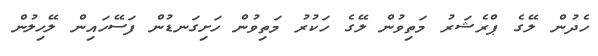
ހެދުން ލޭގެ ޕްރެޝަރު މަތިވުން ލޭގެ ހަކުރު މަތިވުން ހަށިގަނޑުން ފަސޭހައިން ލޭހިލުން